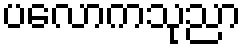
ပလောကသုညာ